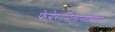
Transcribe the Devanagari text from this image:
फ़ेयेरामिलानोसिटी